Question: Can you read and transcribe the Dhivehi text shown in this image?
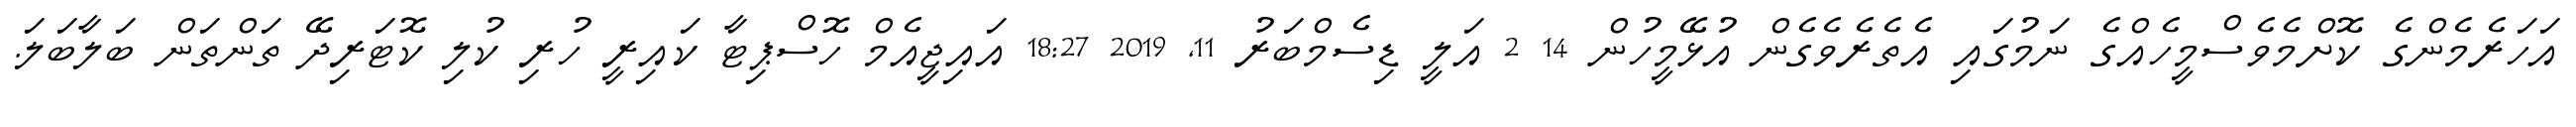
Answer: އަހަރެމެންގެ ކޮށްމެވެސްމީހެއްގެ ނަމުގައި އެތެރެވެގެން އުޅޭމީހުން 14 2 އަލީ ޑިސެމްބަރު 11, 2019 18:27 އައިޖީއެމް ހޮސްޕިޓާ ކައިރީ ހުރި ކުލި ކޮޓަރިދޭ ތަންތަން ބަލާބަލަ.